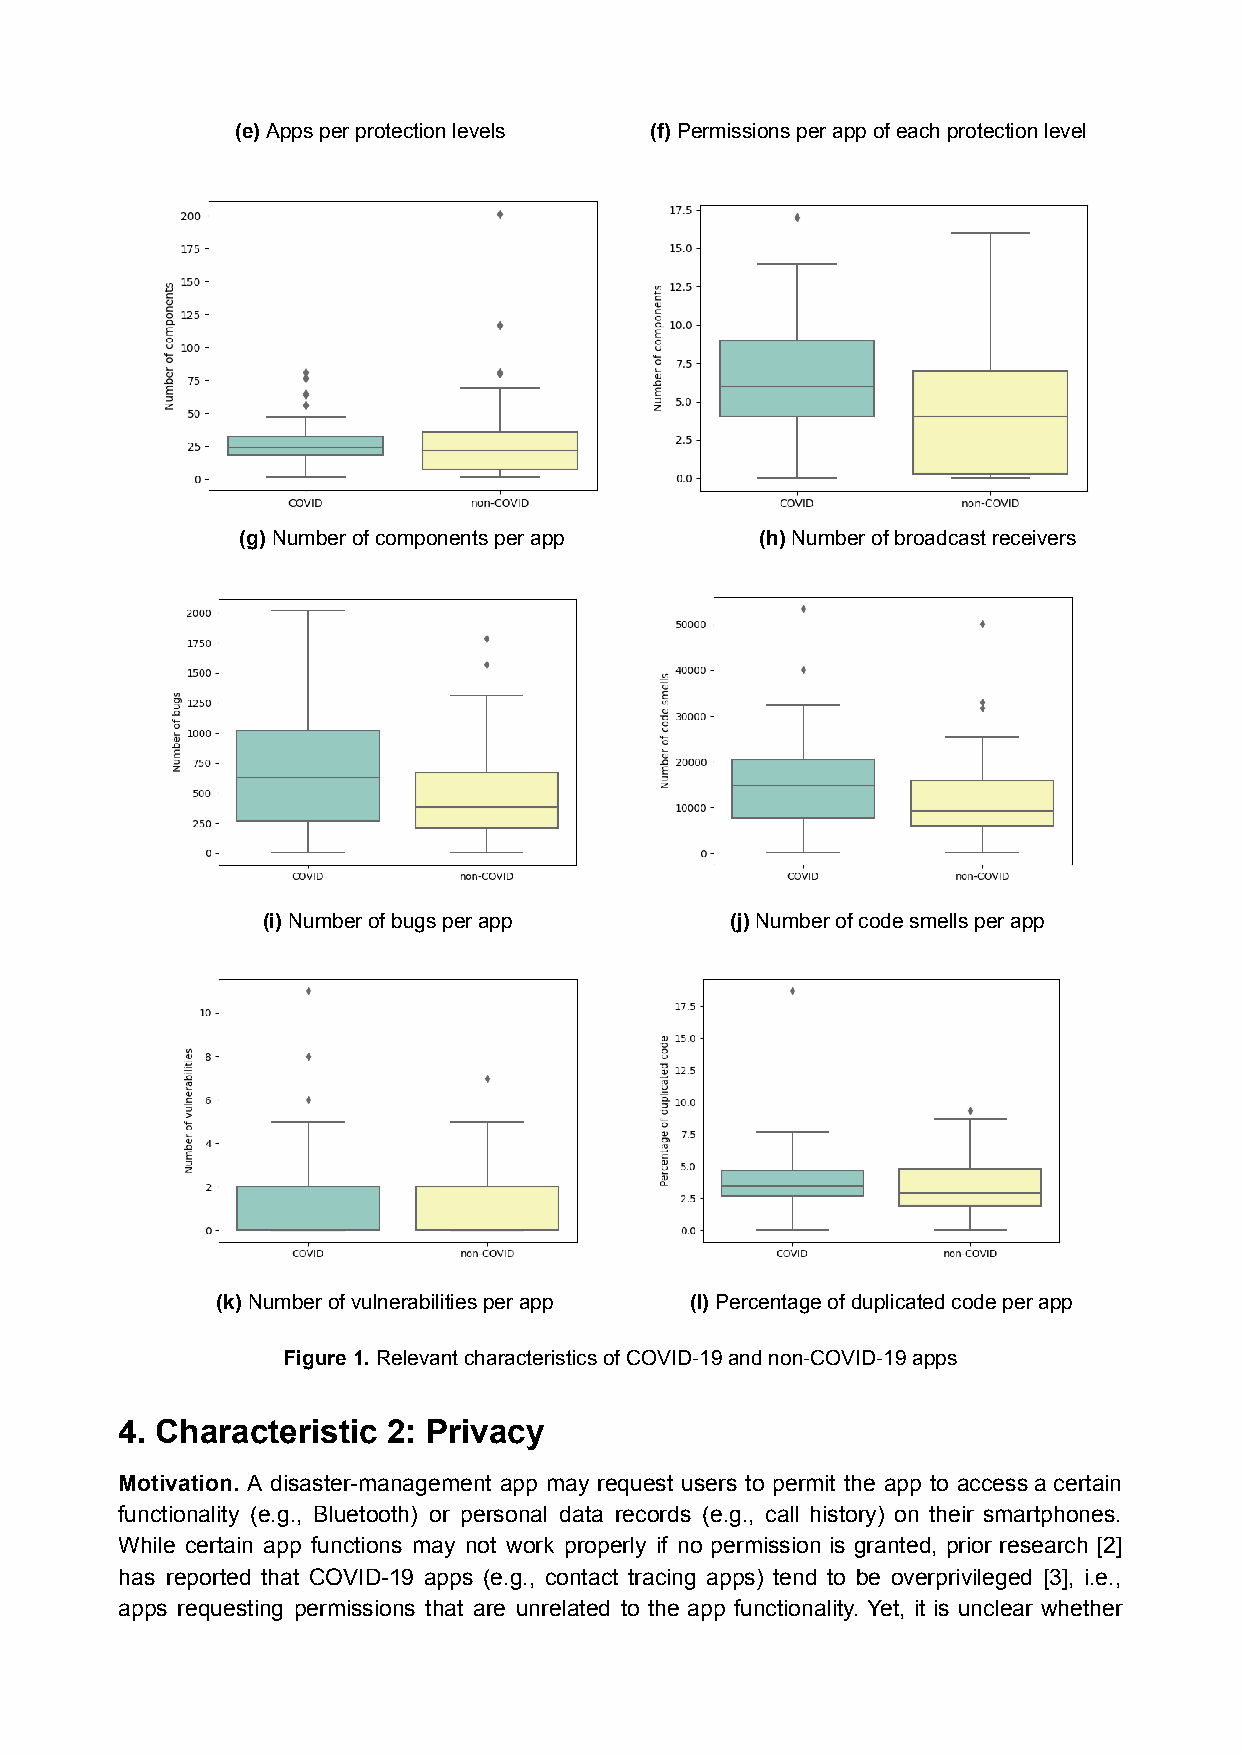
(e)Apps per protection levels (f)Permissions per app of each protection level
 (g)Number of components per app   (h)Number of broadcast receivers
 (i)Number of bugs per app      (j)Number of code smells per app
 (k)Number of vulnerabilities perapp (l)Percentage of duplicatedcode per app
 Figure 1.Relevant characteristics of COVID-19 andnon-COVID-19 apps
 4. Characteristic 2: Privacy
 Motivation. A disaster-management app may request users to permit the app to access a certain
 functionality (e.g., Bluetooth) or personal data records (e.g., call history) on their smartphones.
 While certain app functions may not work properly if no permission is granted, prior research [2]
 has reported that COVID-19 apps (e.g., contact tracing apps) tend to be overprivileged [3], i.e.,
 apps requesting permissions that are unrelated to the app functionality. Yet, it is unclear whether